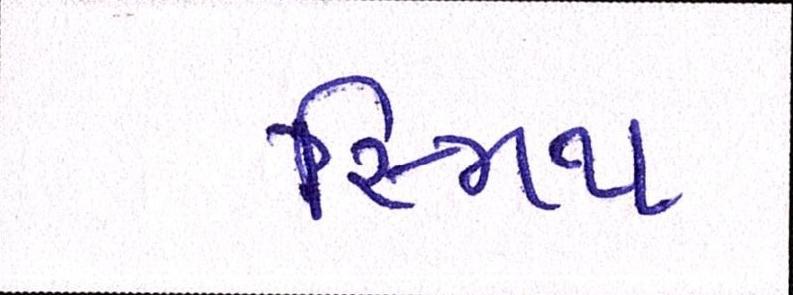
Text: સ્મિથ